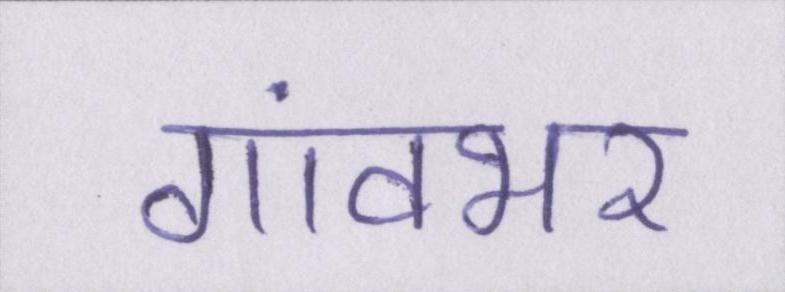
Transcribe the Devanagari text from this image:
गांवभर